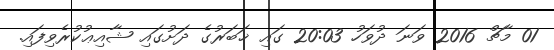
01 މާޗް 2016 ވަނަ ދުވަހު 20:03 ގައި ޚަބަރުގެ ދަށުގައި ޝާއިޢުކުރެވިފައި.